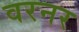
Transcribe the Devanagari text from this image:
वरनर